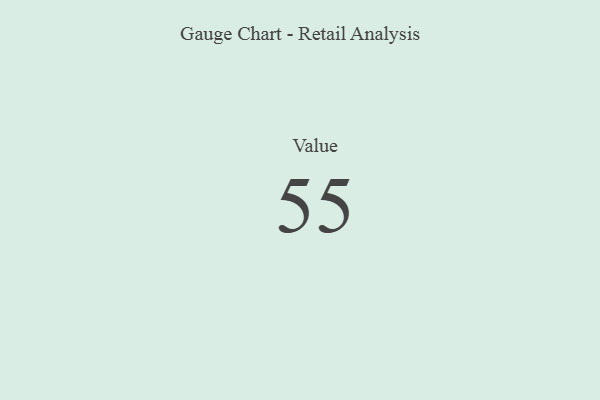
{"axis": {"x": "Metric", "y": "Value"}, "legend": [""], "data": [{"x": "Value", "y": 55, "type": ""}]}